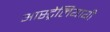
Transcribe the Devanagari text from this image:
आस्ट्रेलियायी